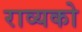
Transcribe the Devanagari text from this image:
राव्यको